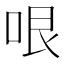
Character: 哏